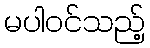
မပါဝင်သည့်